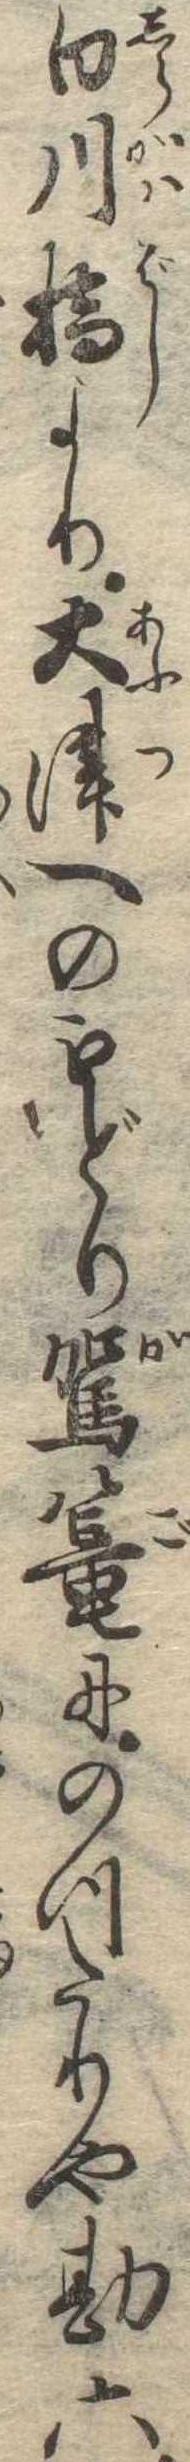
白川橋より大津へのもどり駕篭にのつたりや勘六